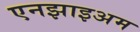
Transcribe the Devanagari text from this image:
एनझाइअम